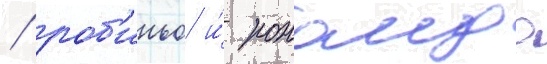
/ роб'иньо и́ роналдо